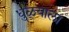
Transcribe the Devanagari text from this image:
धुळ्याला